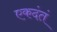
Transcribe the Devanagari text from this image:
एकदंतं